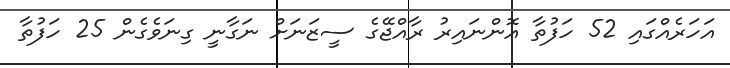
އަހަރެއްގައި 52 ހަފުތާ އޮންނައިރު ރާއްޖޭގެ ސީޒަނަށް ނަގާނީ ގިނަވެގެން 25 ހަފުތާ